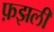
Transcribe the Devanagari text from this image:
फ़झली